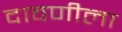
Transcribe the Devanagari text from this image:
दावणीला